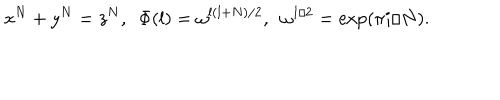
x ^ { N } + y ^ { N } = z ^ { N } , ~ ~ \Phi ( l ) = \omega ^ { l ( l + N ) / 2 } , ~ ~ \omega ^ { 1 / 2 } = \exp ( \pi i / N ) .